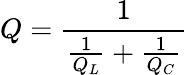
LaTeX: Q={\frac{1}{{\frac{1}{Q_{L}}}+{\frac{1}{Q_{C}}}}}